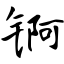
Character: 锕